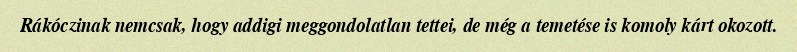
Rákóczinak nemcsak, hogy addigi meggondolatlan tettei, de még a temetése is komoly kárt okozott.